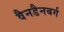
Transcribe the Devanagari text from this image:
वैनडैनबर्ग